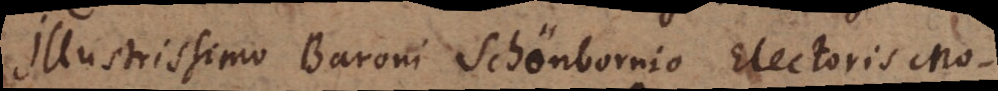
illustrissimo Baroni Schönbornio Electoris Mo-